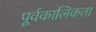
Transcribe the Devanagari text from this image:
पूर्वकालिकता